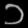
Digit: ၁